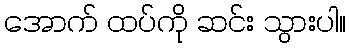
အောက် ထပ်ကို ဆင်း သွားပါ။